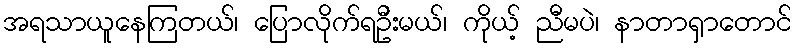
အရသာယူနေကြတယ်၊ ပြောလိုက်ရဦးမယ်၊ ကိုယ့် ညီမပဲ၊ နာတာရှာတောင်